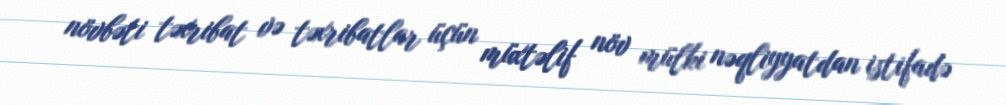
növbəti təxribat və təxribatlar üçün müxtəlif növ mülki nəqliyyatdan istifadə